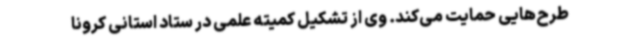
طرح‌هایی حمایت می‌کند. وی از تشکیل کمیته علمی در ستاد استانی کرونا